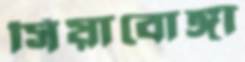
সিয়াবোঙ্গা